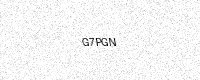
Text: G7PGN